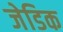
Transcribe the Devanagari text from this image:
जेडिक